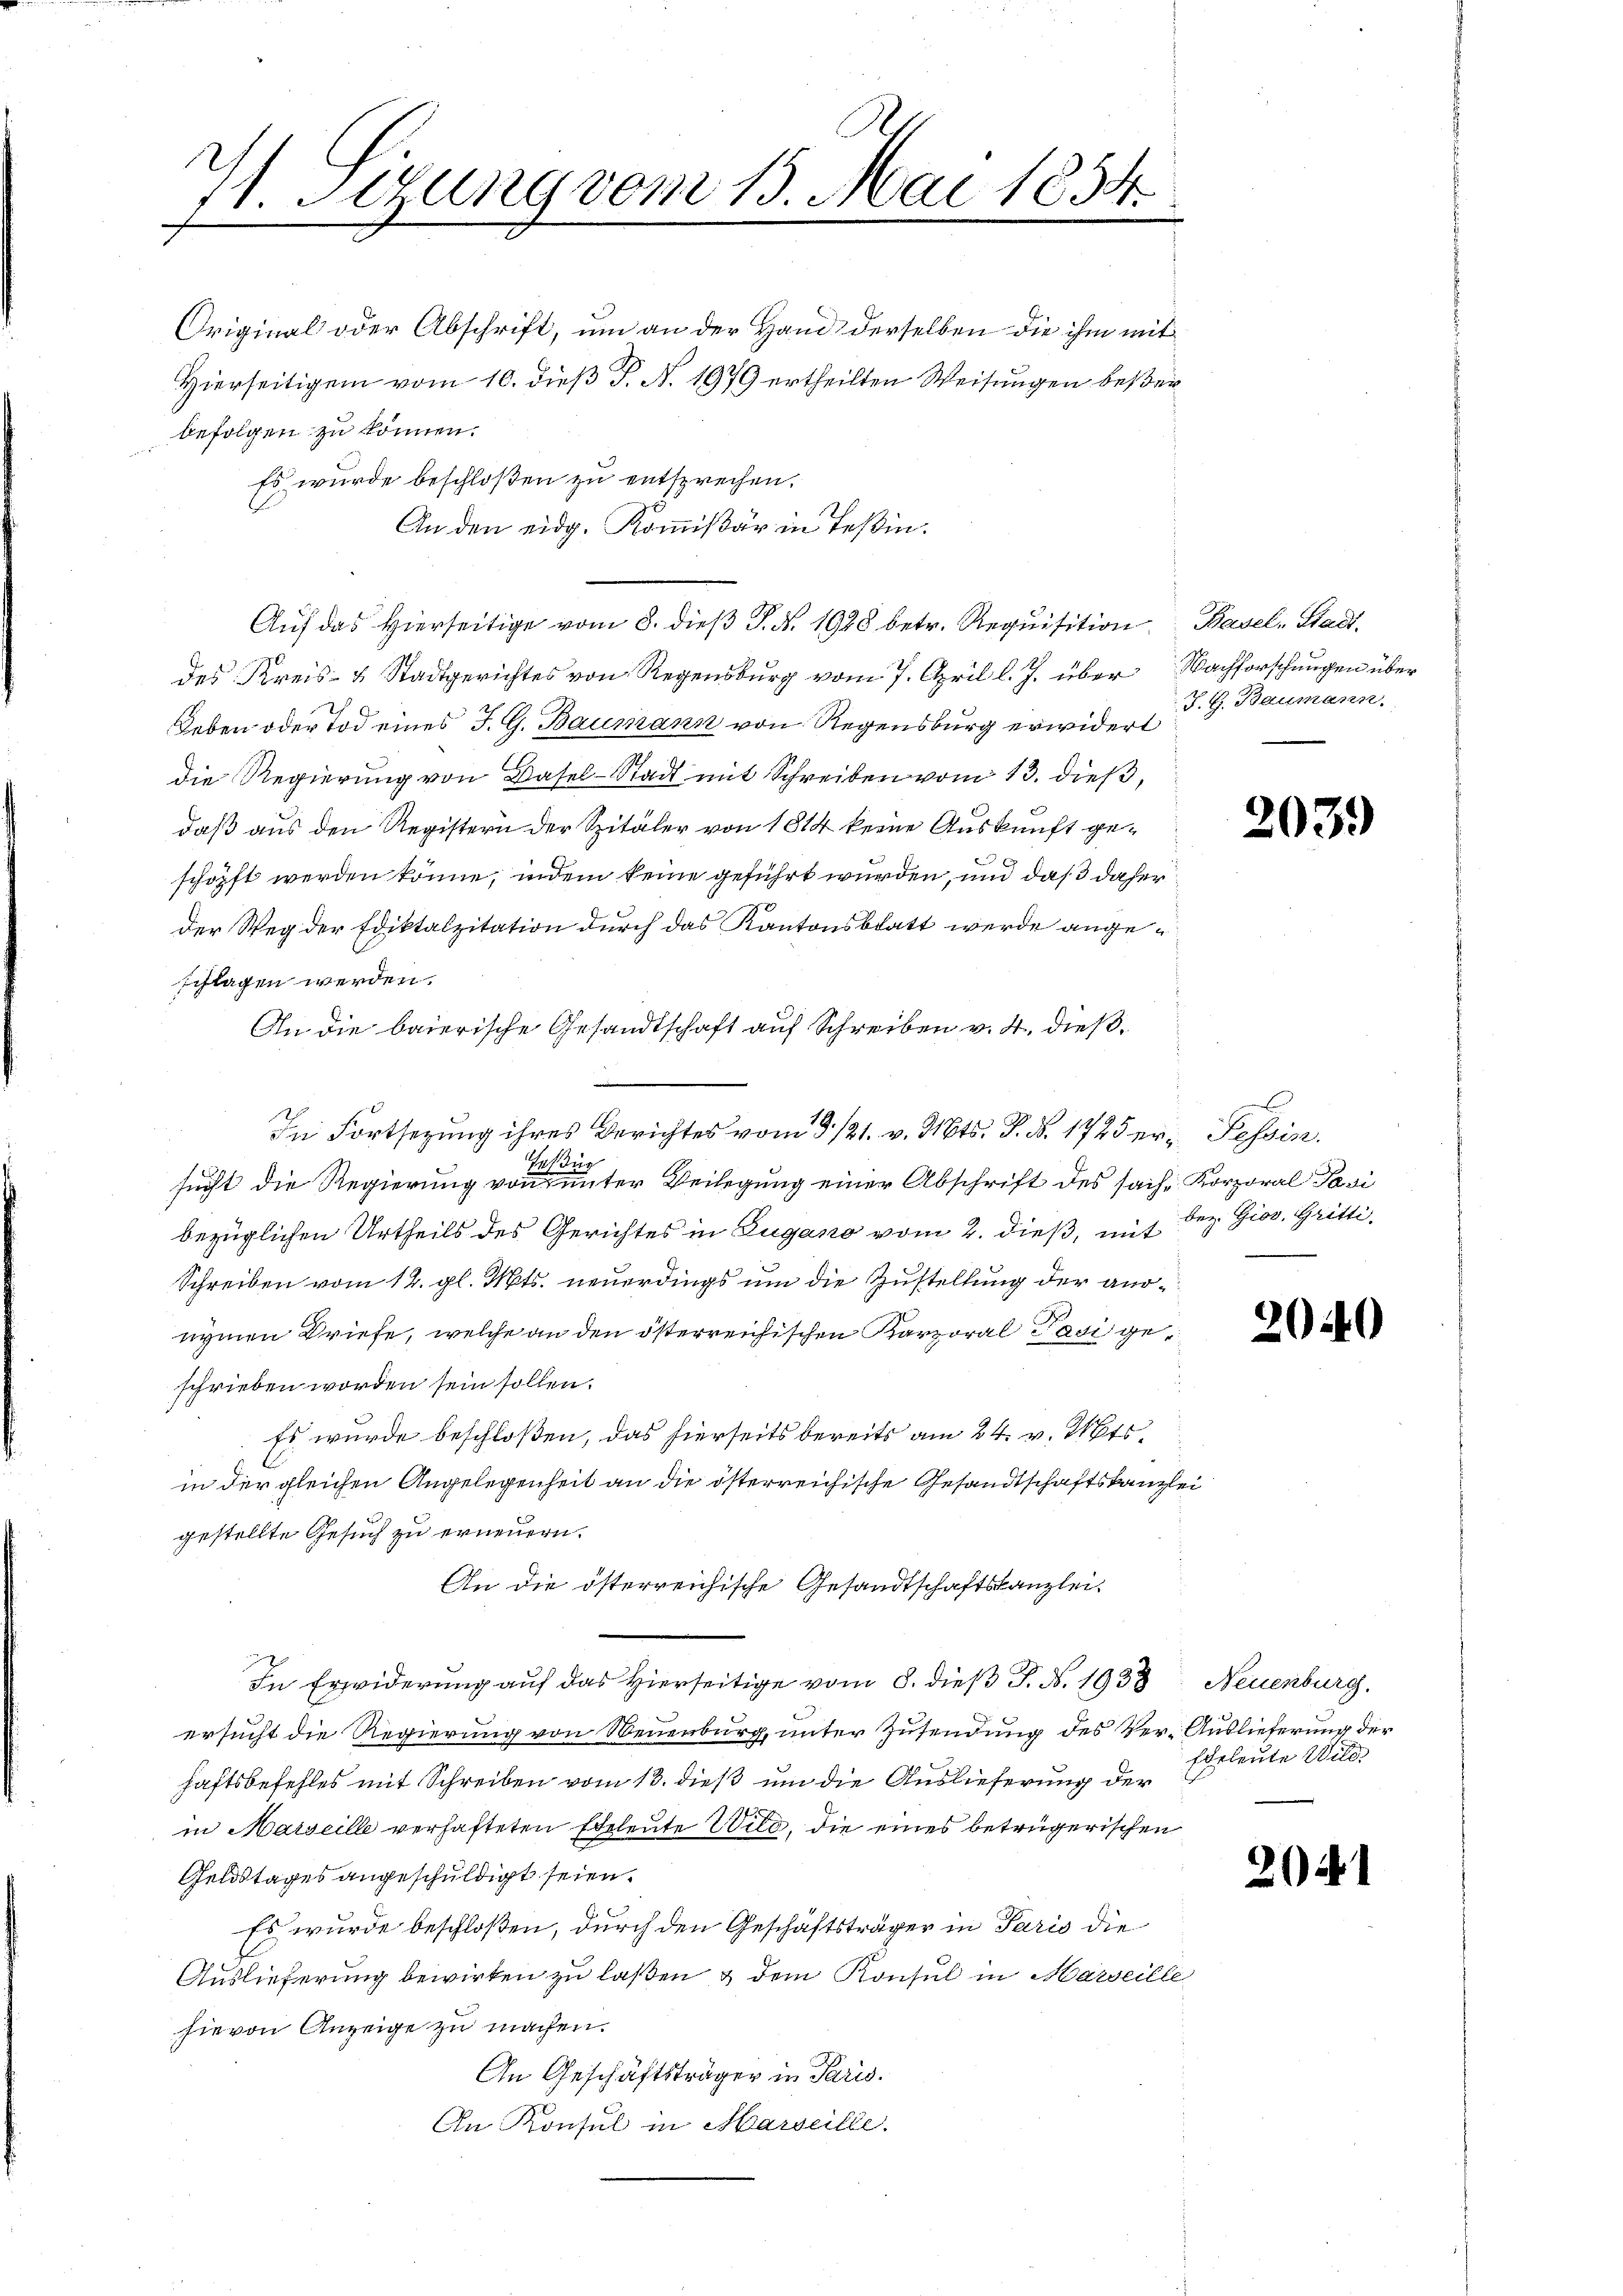
11 Iirung vom 13. Mai 1854.

Original oder Abschrift, um an der Hand derselben die ihm mit
Hierseitigem vom 10. dieß P. N. 1979 ertheilten Weisungen beßer
befolgen zu können.
Es wurde beschloßen zu entsprechen.
An den eidg. Kommißär in Teßin.
des Kreis- & Stadtgerichtes von Regensburg vom 7. April l. J. über Nachforschungen über
Leben oder Tod eines J. G. Baumann von Regensburg erwidert
die Regierung von Basel-Stadt mit Schreiben vom 13. dieß,
daß aus den Registern der Spitäler von 1814 keine Auskunft geschöpft werden könne, indem keine geführt wurden, und daß daher
der Weg der Ediktalzitation durch das Kantonsblatt werde angeschlagen werden.
An die baierische Gesandtschaft auf Schreiben v. 4. dies
In Fortsetzung ihres Berichtes vom 3. 121. v. Mts. d. d. 1725 er- Passin.
Trig
sucht die Regierung von unter Beilegung einer Abschrift des sache Korporal Pavi
bezüglichen Urtheils des Gerichtes in Zugano vom 2. dieß, mit Bez. Giov. Gritti
Schreiben vom 12. gl. Mts. neuerdings um die Zustellung der andnymen Briefe, welche an den österreichischen Karporal Pasi geschrieben worden sein sollen.
Es wurde beschloßen, das hierseits bereits am 24. v. Mts.
in der gleichen Angelegenheit an die österreichische Gesandtschaftskanzlei
gestellte Gesuch zu erneuern.
An die österreichische Gesandtschaftskanzlei.
In Erwiderung auf das Hierseitige vom 8. dieß P. Nr. 1933, Neuenburg.
ersucht die Regierung von Neuenburg, unter Zusendung des Ver-Auslieferung der
haftsbefehles mit Schreiben vom 13. dieß um die Auslieferung der
in Marseille verhafteten Eheleute Wild, die eines betrügerischen
Geldstages angeschuldigt seien.
Es wurde beschloßen, durch den Geschäftsträger in Paris die
Auslieferung bewirken zu laßen, & dem Konsul in Marseille
hievon Anzeige zu machen.
An Geschäftsträger in Paris.
An Konsul in Marseille

Auf das Hierseitige vom 8. dieß P. Nr. 1928 betr. Requisition Basel-Stadt¬

J. G. Baumann.

2039

2040

Ehrleute Will

2041